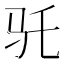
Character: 𱄽